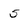
Character: 5